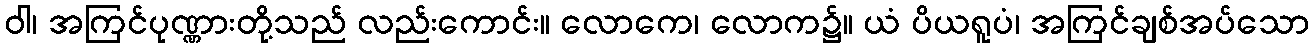
ဝါ၊ အကြင်ပုဏ္ဏားတို့သည် လည်းကောင်း။ လောကေ၊ လောက၌။ ယံ ပိယရူပံ၊ အကြင်ချစ်အပ်သော